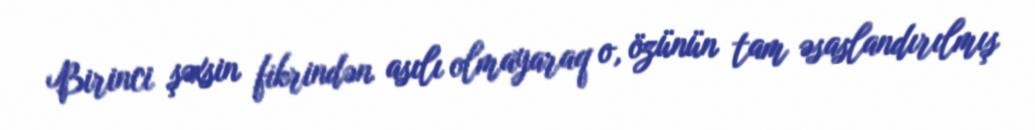
Birinci şəxsin fikrindən asılı olmayaraq o, özünün tam əsaslandırılmış